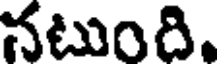
నటుంది.